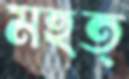
মহত্